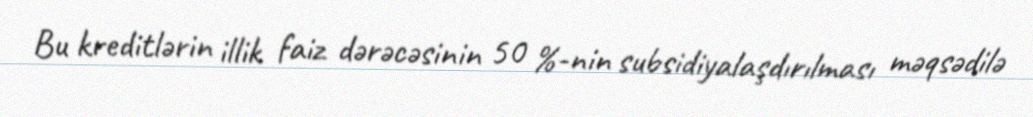
Bu kreditlərin illik faiz dərəcəsinin 50 %-nin subsidiyalaşdırılması məqsədilə